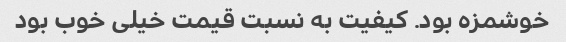
خوشمزه بود. کیفیت به نسبت قیمت خیلى خوب بود